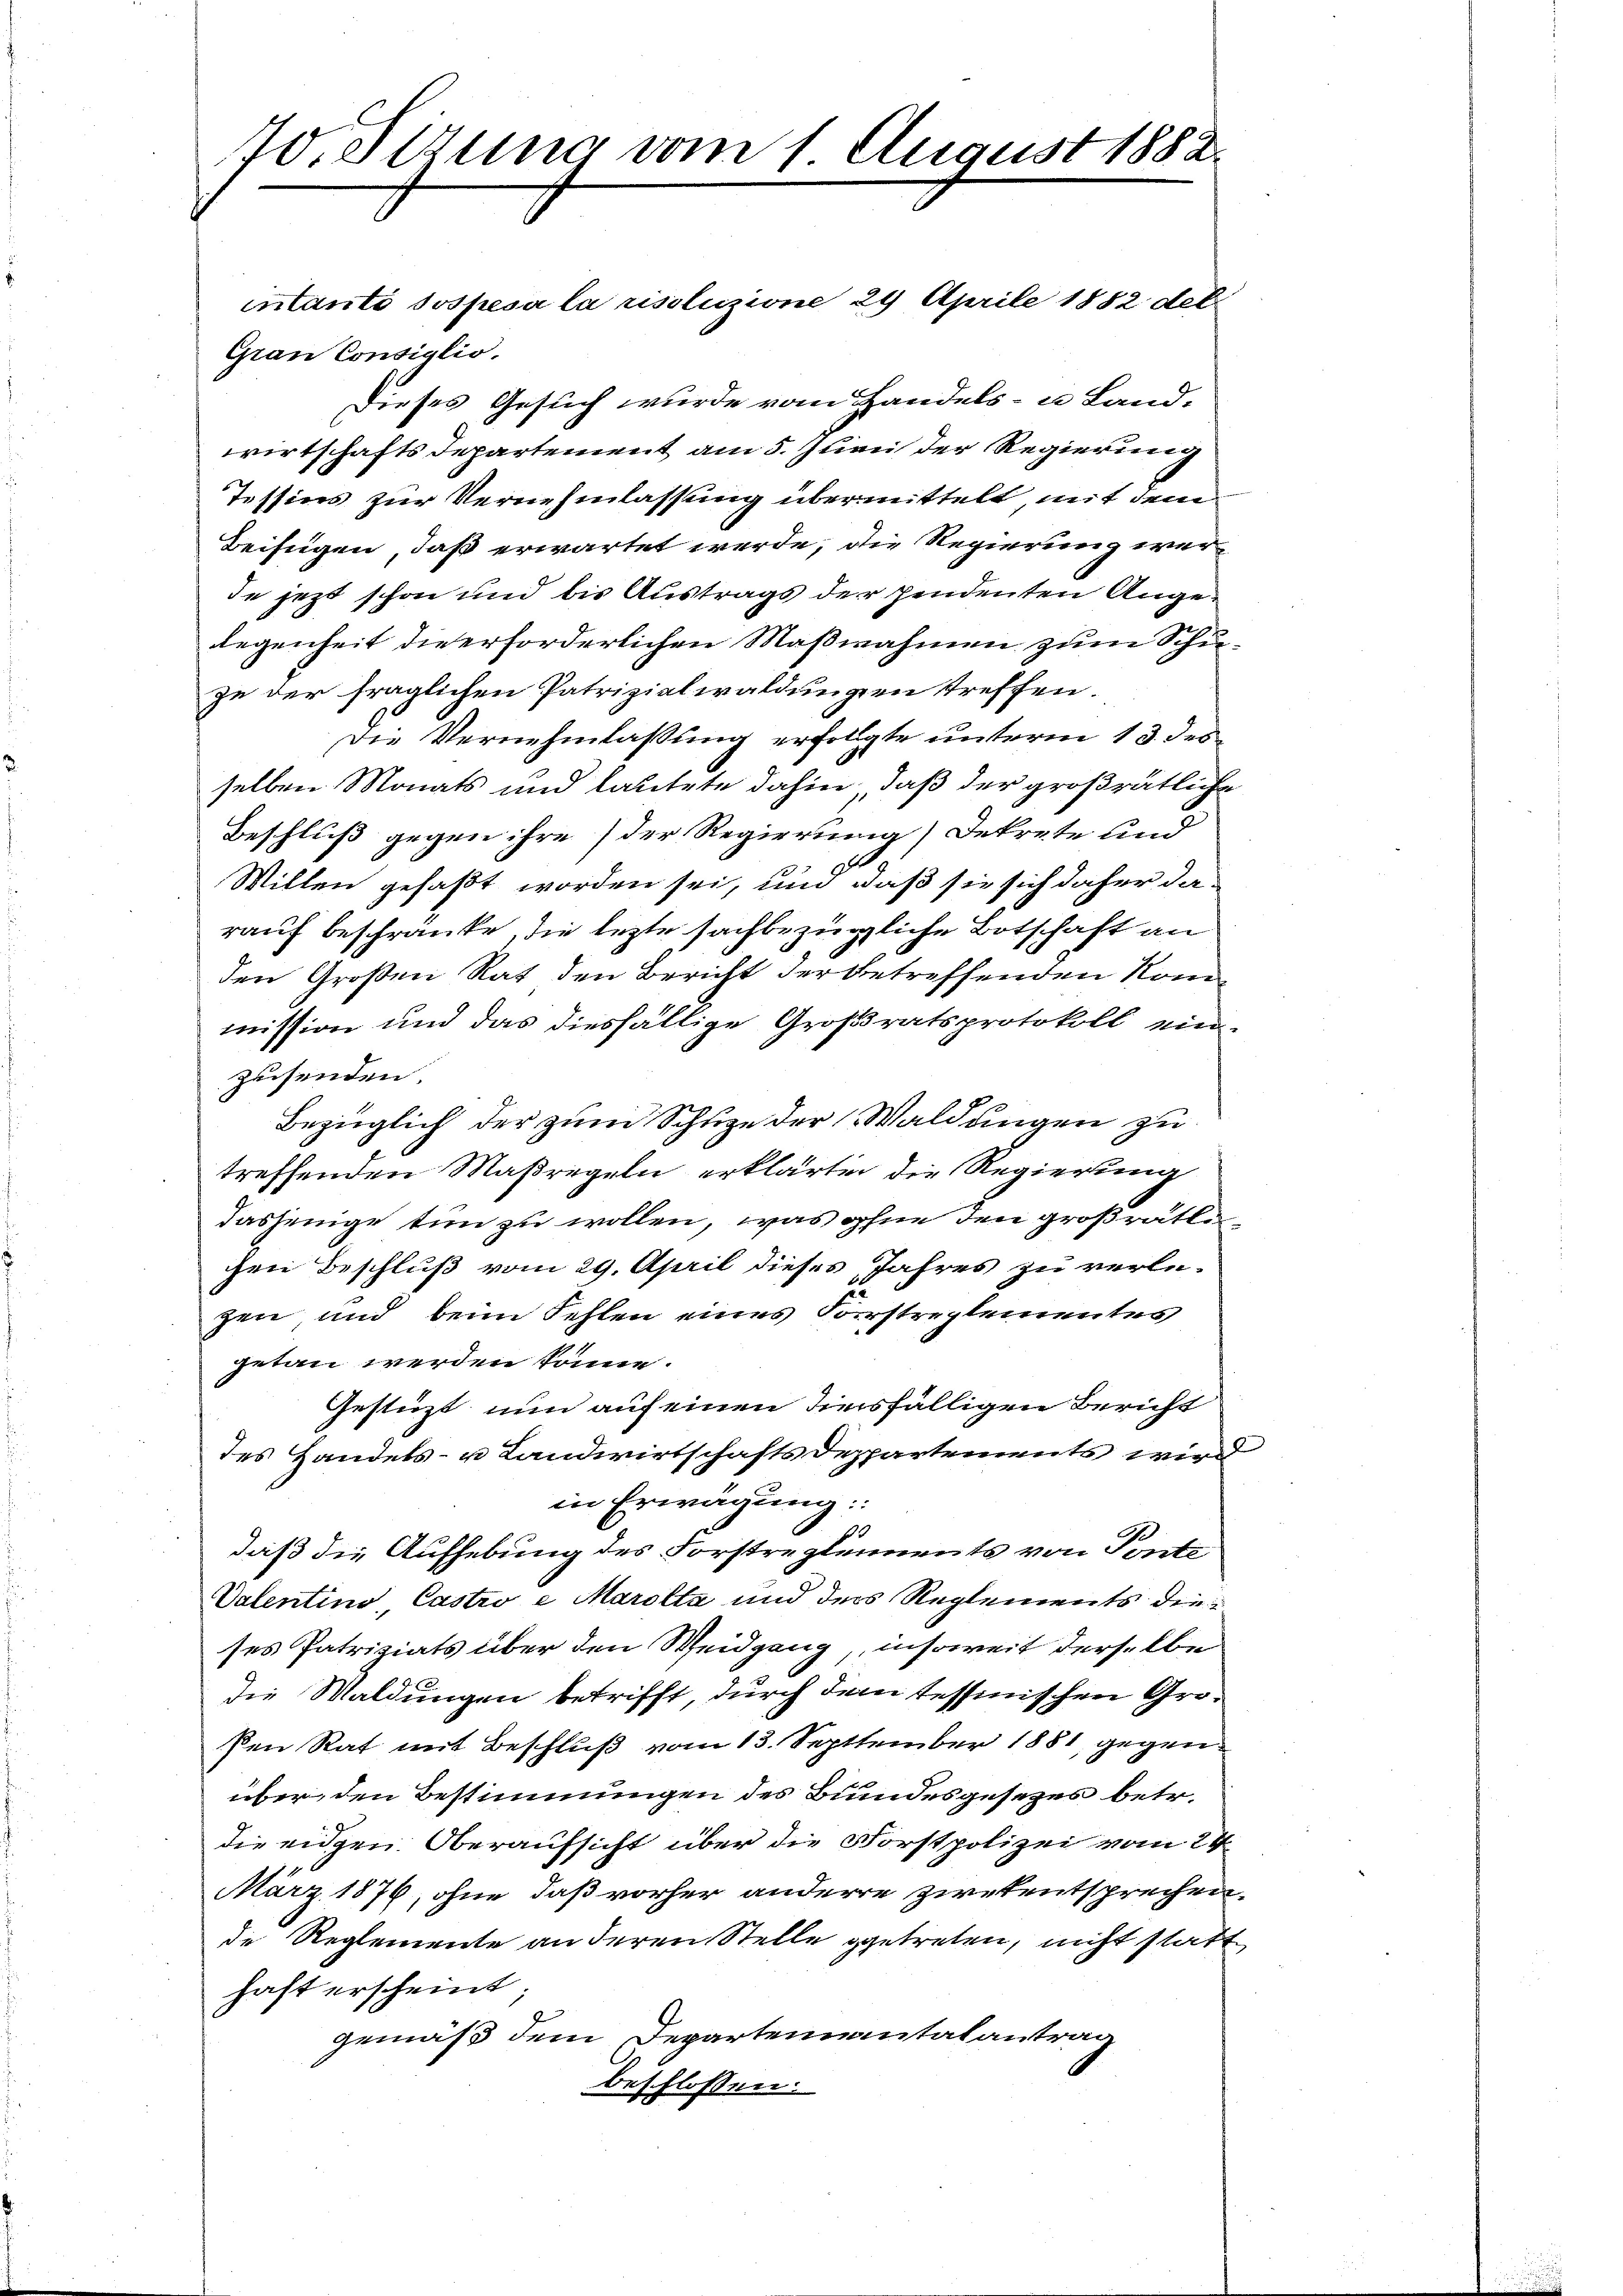
70. Sizung vom 1 August 1882.

Gran Consiglio.
Dieses Gesuch wurde vom Handels- u Land-
wirtschafts Departement am 5. Juni der Regierung
Tessins zur Vernehmlassung übermittelt, mit dem
Beifügen, daß erwartet werde, die Regierung werde jezt schon und bis Austrags der pendenten Angelegenheit die erforderlichen Maßnahmen zum Schuzu der fraglichen Patrizialwaldungen treffen.
Die Vernehmlassung erfolgte unterm 13. des
selben Monats und lautete dahin, daß der großrätliche
Beschluß gegen ihre (der Regierung) Dekrete und
.
Willen gefaßt worden sei, und daß sie sich daher da
rauf beschränke, die lezte sachbezügliche Botschaft an
den Großen Rat den Bericht der betreffenden Kommission und das diesfällige Großratsprotokoll einzusenden.
Bezüglich der zum Schuze der Waldungen zu
treffenden Maßregeln erklärten die Regierung
dasjenige tun zu wollen, was ohne den großrätli
chen Beschluß vom 29. April dieses Jahres zu verlezen, und beim Fehlen eines Forstreglementes
getan werden könne.
Gestüzt nun auf einen diesfälligen Bericht
des Handels- u Landwirtschaftsdeppartements wird
in Erwägung:
10
daß die Aufhebung des Forstreglements von Ponte
Valentine Castro e Marolta und der Reglements die
ses Patriziats über den Weidgang, insoweit derselbe
die Waldungen betrifft, durch dem tessinischen Gro¬
Pen Rat mit Beschluß vom 13. September 1881 gegenüber, den Bestimmungen des Bundesgesezes betr.
die eidgen. Oberaufsicht über die Forstpolizei vom 24
März 1876, ohne daß vorher anderre zwekentsprechen.
de Reglemente an deren Stelle getreten, nicht statt
haft erscheint;
gemäß dem Departenmautalantrag
beschlossen:

intanti sospesa la risoluzione 24 Aprile 1882 deli